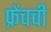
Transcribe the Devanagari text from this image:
फ्रेंचची